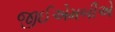
જીઈએમબીએ